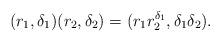
LaTeX: \begin{align*}(r_1,\delta_1)(r_2,\delta_2) = (r_1 r_2^{\delta_1},\delta_1 \delta_2).\end{align*}